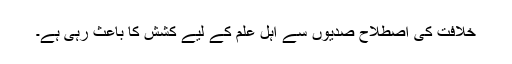
خلافت کی اصطلاح صدیوں سے اہل علم کے لیے کشش کا باعث رہی ہے۔